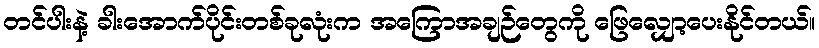
တင်ပါးနဲ့ ခါးအောက်ပိုင်းတစ်ခုလုံးက အကြောအချဉ်တွေကို ဖြေလျှော့ပေးနိုင်တယ်။